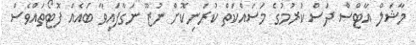
މާޝަލް އާޓްސް ދަސް ކުރުމުގެ މަސައްކަތް ކުރަނިކޮށް ނުޒޫ ނަގާފައިވާ ބައެއް ފޮޓޯތައްވެސް